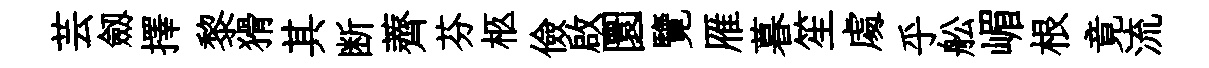
芸劔擇黎猾其断薺芬柩儉啟圜覽雁暮笙䖏乎舩嵋根竟流